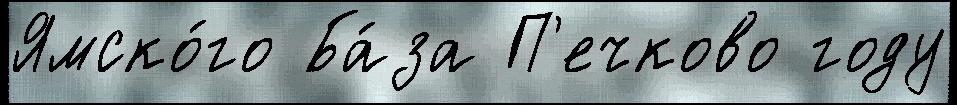
Ямско́го Ба́за П'ечково году